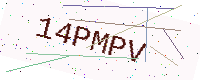
Text: 14PMPV